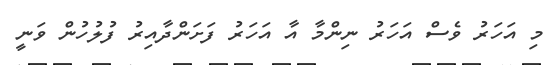
މި އަހަރު ވެސް އަހަރު ނިންމާ އާ އަހަރު ފަށަންދާއިރު ފުލުހުން ވަނީ